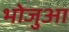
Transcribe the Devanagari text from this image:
भोजुआ